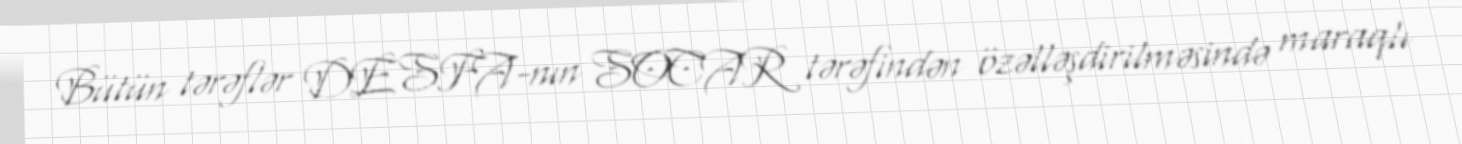
Bütün tərəflər DESFA-nın SOCAR tərəfindən özəlləşdirilməsində maraqlı